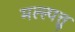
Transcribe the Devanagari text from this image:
मल्ल्पत्तु